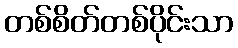
တစ်စိတ်တစ်ပိုင်းသာ